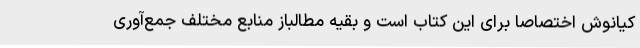
کیانوش اختصاصا برای این کتاب است و بقیه مطالباز منابع مختلف جمع‌آوری